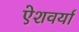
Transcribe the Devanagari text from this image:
ऐशवर्या